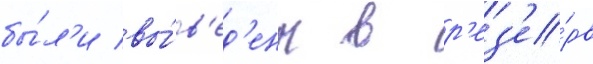
бы́л'и вы́в'ед'ены в р'ез'е́рв